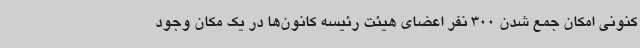
کنونی امکان جمع شدن 300 نفر اعضای هیئت رئیسه کانون‌ها در یک مکان وجود